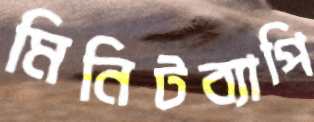
মিনিটব্যাপি